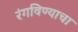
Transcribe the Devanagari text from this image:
रंगविण्याचा